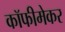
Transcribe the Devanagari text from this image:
कॉफीमेकर